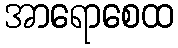
အာရောစေထ